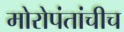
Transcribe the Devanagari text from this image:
मोरोपंतांचीच